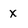
Character: x